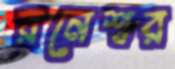
রনেশ্বর